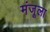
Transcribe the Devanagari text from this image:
मंजूला